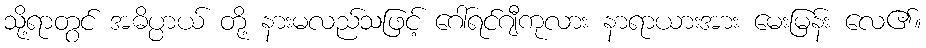
သို့ရာတွင် အဓိပ္ပာယ် တို့ နားမလည်သဖြင့် ဂေါ်ရင်ဂျီကုလား နာရာယားအား မေးမြန်း လေ၏။